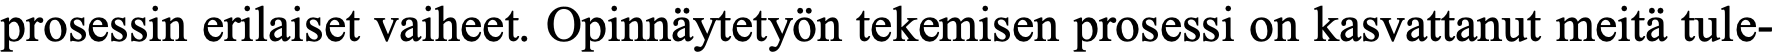
prosessin erilaiset vaiheet. Opinnäytetyön tekemisen prosessi on kasvattanut meitä tule-